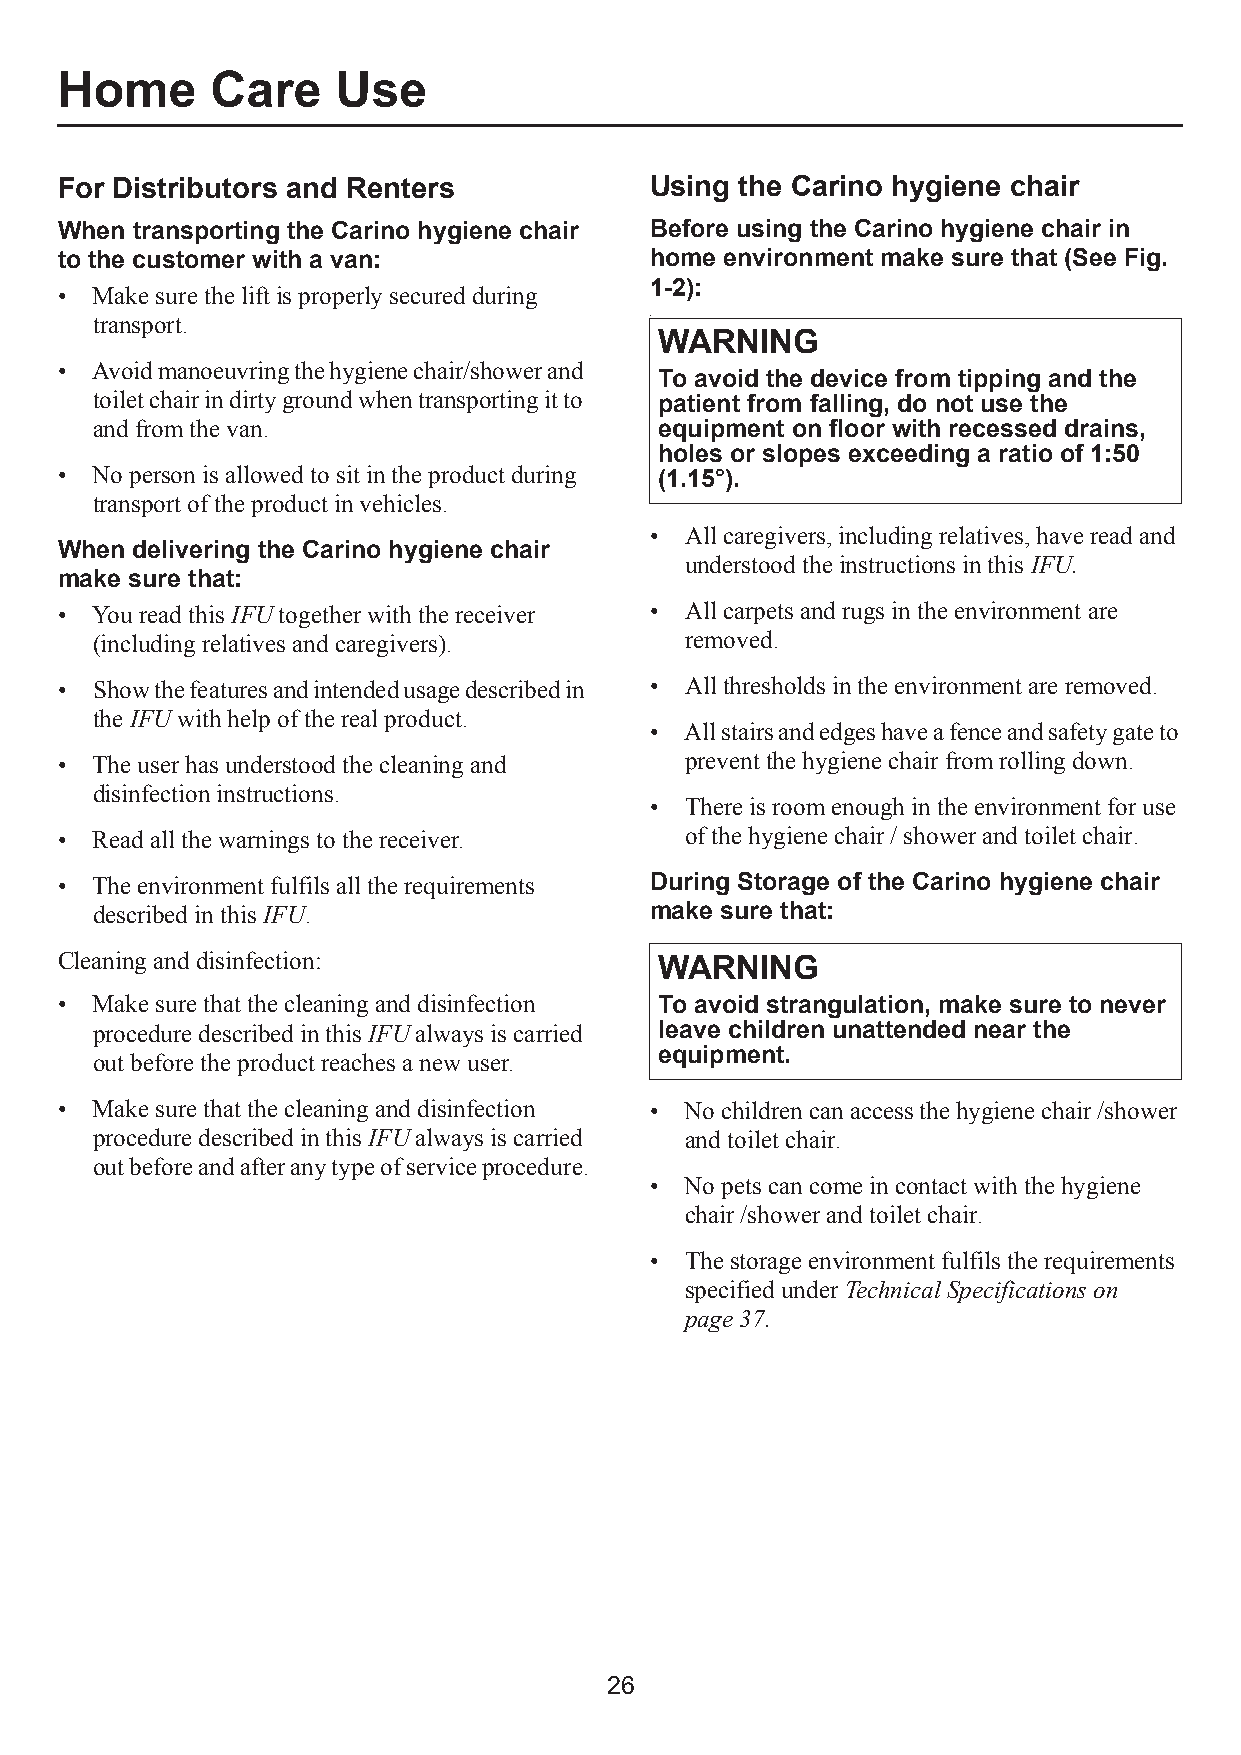
Home      Care    Use
 For Distributors and Renters           Using the Carino hygiene chair
 When transporting the Carino hygiene chair Before using the Carino hygiene chair in
 to the customer with a van:            home environment make sure that (See Fig.
 1-2):
 • Make sure the lift is properly secured during
 transport.                           •
 WARNING
 • Avoid manoeuvring the hygiene chair/shower and
 To avoid the device from tipping and the
 toilet chair in dirty ground when transporting it to patient from falling, do not use the
 and from the van.                     equipment on floor with recessed drains,
 holes or slopes exceeding a ratio of 1:50
 • No person is allowed to sit in the product during (1.15°).
 transport of the product in vehicles.
 • All caregivers, including relatives, have read and
 When delivering the Carino hygiene chair
 understood the instructions in this IFU.
 make sure that:
 • You read this IFU together with the receiver • All carpets and rugs in the environment are
 (including relatives and caregivers).  removed.
 • Show the features and intended usage described in • All thresholds in the environment are removed.
 the IFU with help of the real product.
 • All stairs and edges have a fence and safety gate to
 • The user has understood the cleaning and prevent the hygiene chair from rolling down.
 disinfection instructions.
 • There is room enough in the environment for use
 • Read all the warnings to the receiver. of the hygiene chair / shower and toilet chair.
 • The environment fulfils all the requirements During Storage of the Carino hygiene chair
 described in this IFU.               make sure that:
 Cleaning and disinfection:              WARNING
 • Make sure that the cleaning and disinfection To avoid strangulation, make sure to never
 procedure described in this IFU always is carried leave children unattended near the
 equipment.
 out before the product reaches a new user.
 • Make sure that the cleaning and disinfection • No children can access the hygiene chair /shower
 procedure described in this IFU always is carried and toilet chair.
 out before and after any type of service procedure.
 • No pets can come in contact with the hygiene
 chair /shower and toilet chair.
 • The storage environment fulfils the requirements
 specified under Technical Specifications on
 page37.
 26